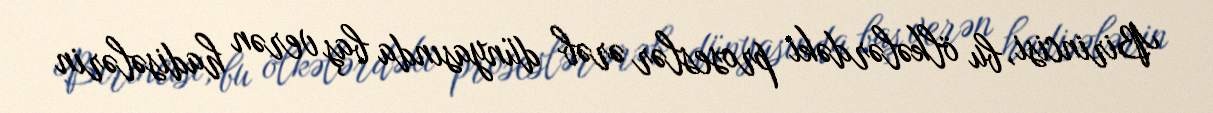
Birincisi, bu ölkələrdəki proseslər ərəb dünyasında baş verən hadisələrin